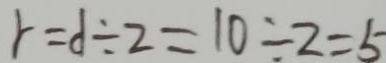
r = d \div 2 = 1 0 \div 2 = 5